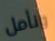
ونأمل